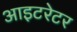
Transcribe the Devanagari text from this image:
आइटरेटर